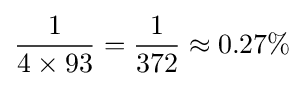
{\frac {1}{4\times 93}}={\frac {1}{372}}\approx 0.27\%